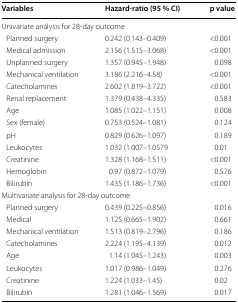
| Variables | Hazard-ratio (95 % CI) | p value |
 | --- | --- | --- |
 | <COLSPAN=3> Univariate analysis for 28-day outcome |
 | Planned surgery | 0.242 (0.143–0.409) | <0.001 |
 | Medical admission | 2.156 (1.515–3.068) | <0.001 |
 | Unplanned surgery | 1.357 (0.945–1.948) | 0.098 |
 | Mechanical ventilation | 3.186 (2.216–4.58) | <0.001 |
 | Catecholamines | 2.602 (1.819–3.722) | <0.001 |
 | Renal replacement | 1.379 (0.438–4.335) | 0.583 |
 | Age | 1.085 (1.022–1.151) | 0.008 |
 | Sex (female) | 0.753 (0.524–1.081) | 0.124 |
 | pH | 0.829 (0.626–1.097) | 0.189 |
 | Leukocytes | 1.032 (1.007–1.0579 | 0.01 |
 | Creatinine | 1.328 (1.168–1.511) | <0.001 |
 | Hemoglobin | 0.97 (0.872–1.079) | 0.576 |
 | Bilirubin | 1.435 (1.186–1.736) | <0.001 |
 | <COLSPAN=3> Multivariate analysis for 28-day outcome |
 | Planned surgery | 0.439 (0.225–0.856) | 0.016 |
 | Medical | 1.125 (0.665–1.902) | 0.661 |
 | Mechanical ventilation | 1.513 (0.819–2.796) | 0.186 |
 | Catecholamines | 2.224 (1.195–4.139) | 0.012 |
 | Age | 1.14 (1.045–1.243) | 0.003 |
 | Leukocytes | 1.017 (0.986–1.049) | 0.276 |
 | Creatinine | 1.224 (1.033–1.45) | 0.02 |
 | Bilirubin | 1.281 (1.046–1.569) | 0.017 |